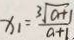
x _ { 1 } = \frac { 3 \sqrt { a + 1 } } { a + 1 . }